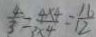
\frac { 4 } { 3 } = \frac { 4 \times 4 } { 3 \times 4 } = \frac { 1 6 } { 1 2 }